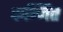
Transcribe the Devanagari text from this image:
कब्जित